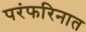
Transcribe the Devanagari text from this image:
परंफरिनात